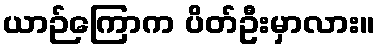
ယာဉ်ကြောက ပိတ်ဦးမှာလား။